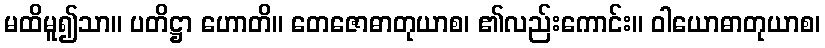
မထိမူ၍သာ။ ပတိဋ္ဌာ ဟောတိ။ တေဇောဓာတုယာစ၊ ၏လည်းကောင်း။ ဝါယောဓာတုယာစ၊